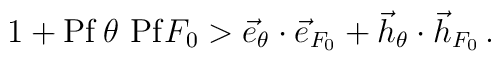
1+ {\rm Pf} \, \theta \  {\rm Pf} F_0  >   \vec{e}_{\theta} \cdot \vec{e}_{F_0}  + \vec{h}_{\theta} \cdot \vec{h}_{F_0}  \,.